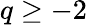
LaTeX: q\geq-2